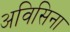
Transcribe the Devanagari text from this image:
अविसिना